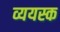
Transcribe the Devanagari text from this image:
व्ययस्क